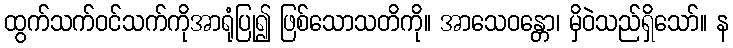
ထွက်သက်ဝင်သက်ကိုအာရုံပြု၍ ဖြစ်သောသတိကို။ အာသေဝန္တော၊ မှိဝဲသည်ရှိသော်။ န